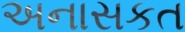
અનાસકત